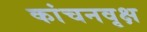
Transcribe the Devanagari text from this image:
कांचनवृक्ष